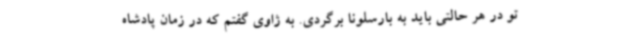
تو در هر حالتی باید به بارسلونا برگردی. به ژاوی گفتم که در زمان پادشاه